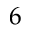
6